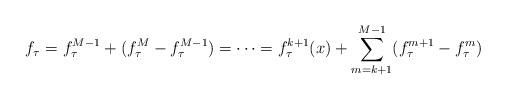
LaTeX: \begin{align*} f_{\tau}=f^{M-1}_{\tau}+(f_{\tau}^M-f^{M-1}_{\tau})=\cdots=f^{k+1}_{\tau}(x)+\sum_{m=k+1}^{M-1}(f^{m+1}_{\tau}-f^{m}_{\tau})\end{align*}